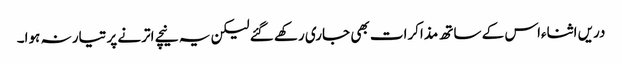
دریں اثناءاس کے ساتھ مذاکرات بھی جاری رکھے گئے لیکن یہ نیچے اترنے پر تیار نہ ہوا۔